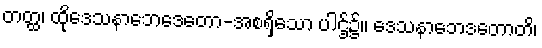
တတ္ထ၊ ထိုဒေသနာဘေဒေတော-အစရှိသော ပါဌ်၌။ ဒေသနာဘေဒတောတိ၊